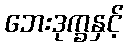
ဘေးဒုက္ခနှင့်